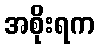
အစိုးရက